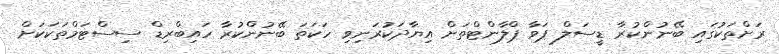
ރަށްތަކުގައި ބޭނުންކުރާ ޑީސަލް ޕަވާ ޕްލާންޓްތަށް އިޔާދަކުރަނިވި ހަކަތަ ބޭނުންކުރާ ހައިބްރިޑް ސިސްޓަމްތަކަކަށް